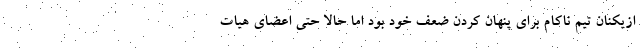
ازیکنان تیم ناکام برای پنهان کردن ضعف خود بود اما حالا حتی اعضای هیات